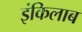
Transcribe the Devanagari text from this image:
इंकिलाब